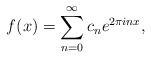
\begin{align*}f(x)=\sum_{n=0}^{\infty}c_ne^{2\pi inx},\end{align*}